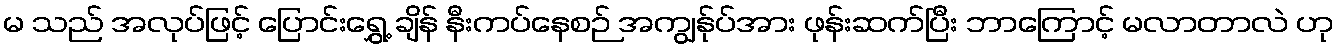
မ သည် အလုပ်ဖြင့် ပြောင်းရွှေ့ ချိန် နီးကပ်နေစဉ် အကျွန်ုပ်အား ဖုန်းဆက်ပြီး ဘာကြောင့် မလာတာလဲ ဟု